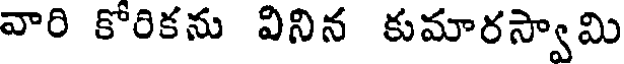
వారి కోరికను వినిన కుమారస్వామి